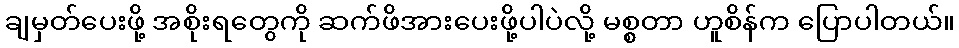
ချမှတ်ပေးဖို့ အစိုးရတွေကို ဆက်ဖိအားပေးဖို့ပါပဲလို့ မစ္စတာ ဟူစိန်က ပြောပါတယ်။